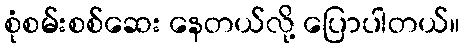
စုံစမ်းစစ်ဆေး နေတယ်လို့ ပြောပါတယ်။